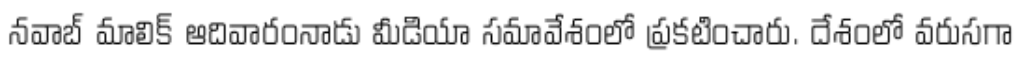
నవాబ్ మాలిక్ ఆదివారంనాడు మీడియా సమావేశంలో ప్రకటించారు. దేశంలో వరుసగా